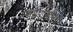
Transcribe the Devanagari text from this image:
जमाएका